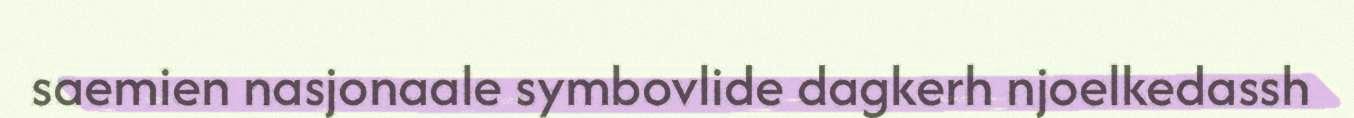
saemien nasjonaale symbovlide dagkerh njoelkedassh